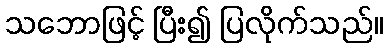
သဘောဖြင့် ပြီး၍ ပြလိုက်သည်။